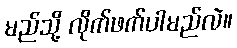
မည်သို့ လိုက်ဖက်ပါမည်လဲ။